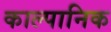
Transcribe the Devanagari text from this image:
काल्पानिक